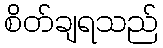
စိတ်ချရသည်